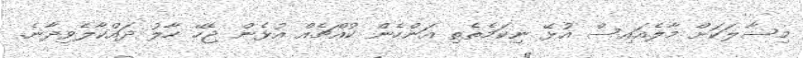
މިސާލަކަށް މާލެއައިސް އުޅޭ ނިކަމެތެތި އަންހެން ކުއްޗެއް އުޅެން ޖެހޭ ހާލު ދައްކާލެވިދާނެ.